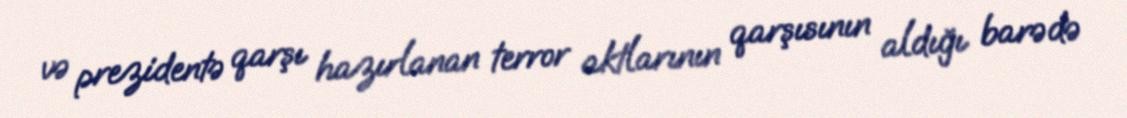
və prezidentə qarşı hazırlanan terror aktlarının qarşısının aldığı barədə